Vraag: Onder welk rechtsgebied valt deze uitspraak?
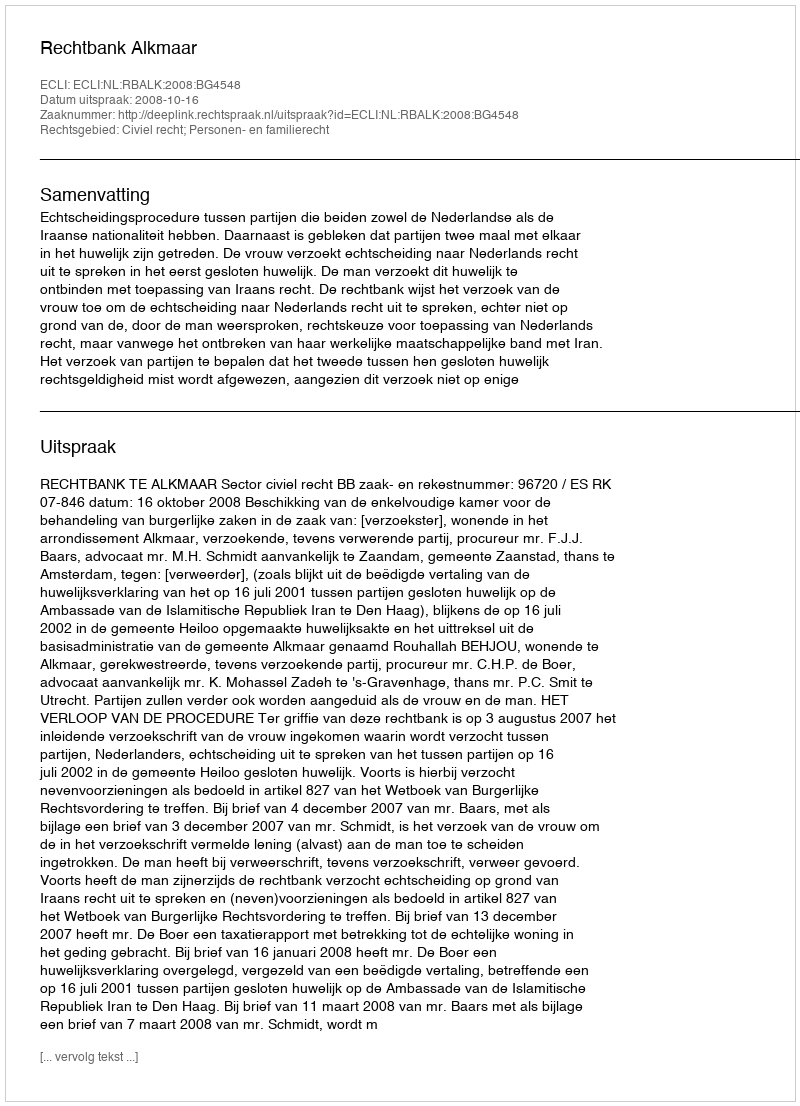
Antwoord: Civiel recht; Personen- en familierecht